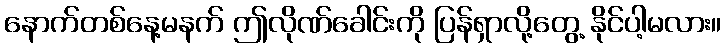
နောက်တစ်နေ့မနက် ဤလိုဏ်ခေါင်းကို ပြန်ရှာလို့တွေ့ နိုင်ပါ့မလား။